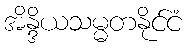
အိန္ဒိယသမ္မတနိုင်ငံ